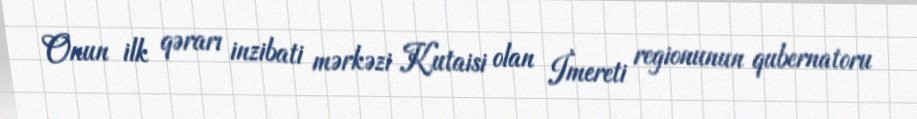
Onun ilk qərarı inzibati mərkəzi Kutaisi olan İmereti regionunun qubernatoru